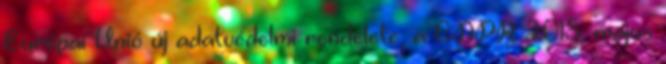
Európai Unió új adatvédelmi rendelete, a GDPR 2018. május